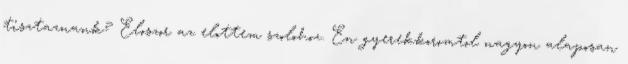
tisztaznank? Eloszor az elottem szolohoz. En gyerekkoromtol nagyon alaposan